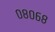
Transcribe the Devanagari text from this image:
०८०६८